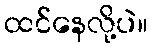
ထင်နေလို့ပဲ။